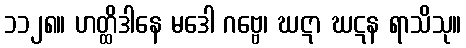
၁၁၂၈။ ဟတ္ထိဒါနေ မဒေါ ဂဗ္ဗေ၊ ဃဋာ ဃဋန ရာသိသု။